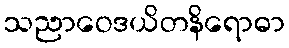
သညာဝေဒယိတနိရောဓာ